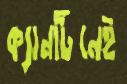
ক্যানটিনেই